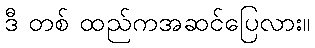
ဒီ တစ် ထည်ကအဆင်ပြေလား။